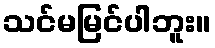
သင်မမြင်ပါဘူး။